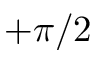
+ \pi / 2